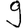
Digit: 9